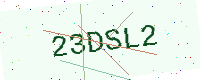
Text: 23DSL2